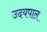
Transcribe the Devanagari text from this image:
उदयपाल